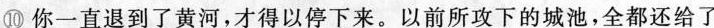
⑩你一直退到了黄河,才得以停下来。以前所攻下的城池,全都还给了